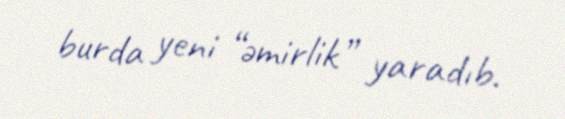
burda yeni “əmirlik” yaradıb.